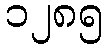
၁၂၈၅